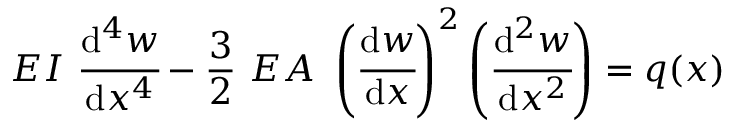
E I ~ { \cfrac { \mathrm { d } ^ { 4 } w } { \mathrm { d } x ^ { 4 } } } - { \frac { 3 } { 2 } } ~ E A ~ \left( { \cfrac { \mathrm { d } w } { \mathrm { d } x } } \right) ^ { 2 } \left( { \cfrac { \mathrm { d } ^ { 2 } w } { \mathrm { d } x ^ { 2 } } } \right) = q ( x )